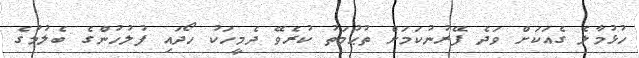
ހުޅުމާލެ ގެއަކަށް ވަދެ ފޭރުނުކަމަށް ތުޙުމަތު ކުރެވޭ ދެމީހަކު ހޯދައި ފުލުހުންގެ ބެލުމުގެ